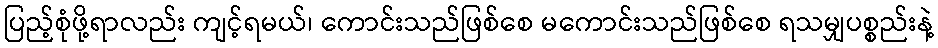
ပြည့်စုံဖို့ရာလည်း ကျင့်ရမယ်၊ ကောင်းသည်ဖြစ်စေ မကောင်းသည်ဖြစ်စေ ရသမျှပစ္စည်းနဲ့